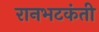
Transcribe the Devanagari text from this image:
रानभटकंती